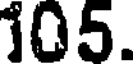
105.